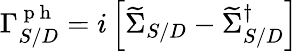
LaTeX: \Gamma_{S/D}^{\mathrm{~p~h~}}=i\left[\widetilde{\Sigma}_{S/D}-\widetilde{\Sigma}_{S/D}^{\dagger}\right]